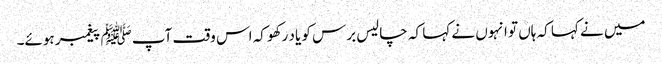
میں نے کہا کہ ہاں تو انہوں نے کہا کہ چالیس برس کو یاد رکھو کہ اس وقت آپﷺ پیغمبر ہوئے۔